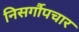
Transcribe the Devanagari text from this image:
निसर्गौपचार